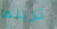
ترينها